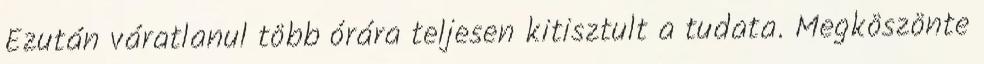
Ezután váratlanul több órára teljesen kitisztult a tudata. Megköszönte